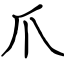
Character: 爪